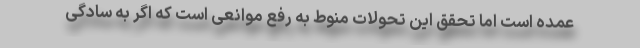
عمده است اما تحقق این تحولات منوط به رفع موانعی است که اگر به سادگی